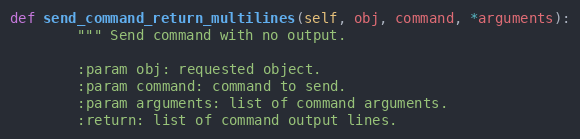
Language: Python
def send_command_return_multilines(self, obj, command, *arguments):
        """ Send command with no output.

        :param obj: requested object.
        :param command: command to send.
        :param arguments: list of command arguments.
        :return: list of command output lines.